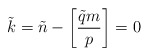
\begin{align*}\tilde{k} = \tilde{n} - \left[ {\tilde{q}m \over p}\right] = 0\end{align*}